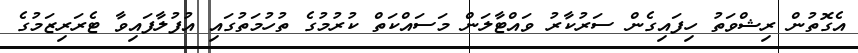
އެގޮތުން ރިޝްވަތު ހިފައިގެން ސަރުކާރު ވައްޓާލަން މަސައްކަތް ކުރުމުގެ ތުހުމަތުގައި އުފުލާފައިވާ ޓެރަރިޒަމުގެ